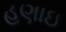
હણાઇ